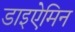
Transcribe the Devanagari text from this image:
डाइऐमिन